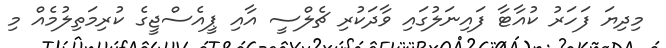
މިދިޔަ ފަހަރު ކުއާޓާ ފައިނަލުގައި ވާދަކުރި ޗެލްސީ އާއި ޕީއެސްޖީގެ ކުރިމަތިލުމެއް މި